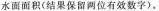
水面面积（结果保留两位有效数字）。